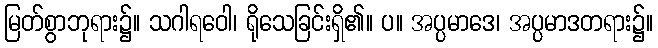
မြတ်စွာဘုရား၌။ သဂါရဝေါ၊ ရိုသေခြင်းရှိ၏။ ပ။ အပ္ပမာဒေ၊ အပ္ပမာဒတရား၌။